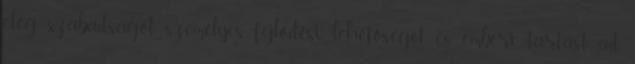
elég szabadságot, személyes fejlődési lehetőséget és emberi tartást ad